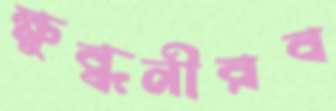
ক্ষুব্ধনীরব